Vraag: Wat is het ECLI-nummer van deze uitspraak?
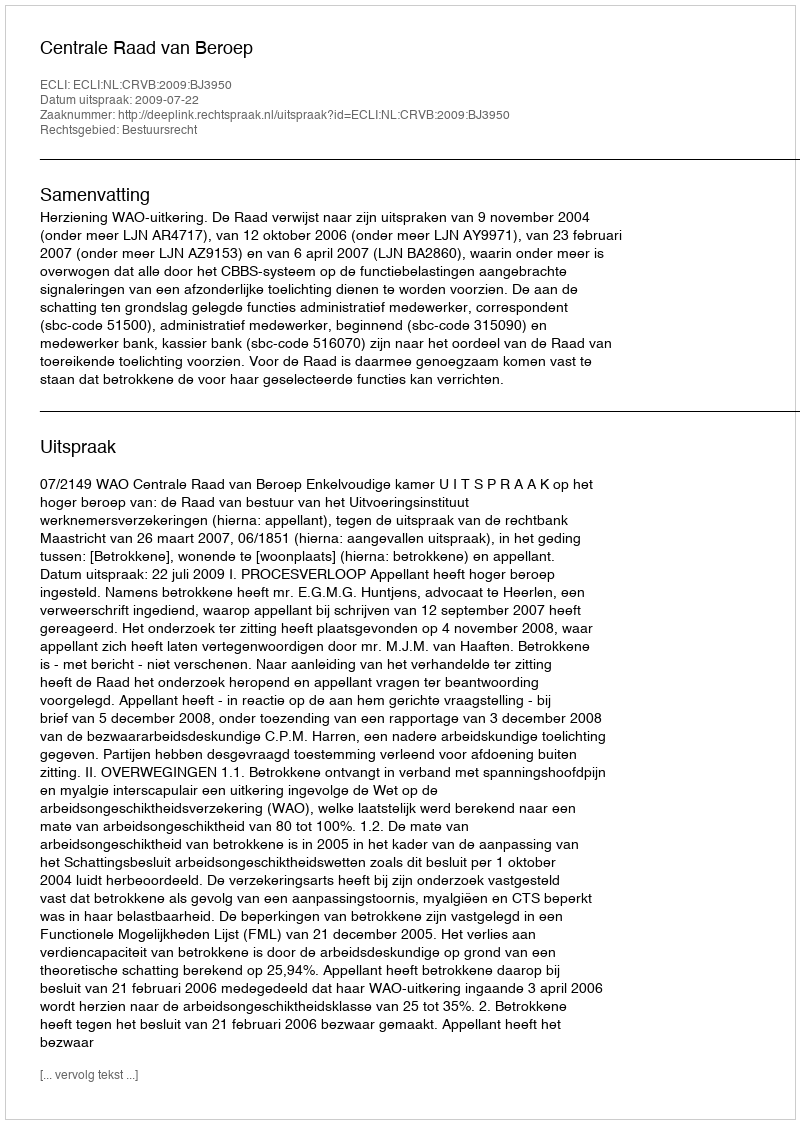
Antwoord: ECLI:NL:CRVB:2009:BJ3950